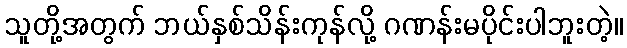
သူတို့အတွက် ဘယ်နှစ်သိန်းကုန်လို့ ဂဏန်းမပိုင်းပါဘူးတဲ့။